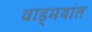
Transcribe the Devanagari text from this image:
वाड्मयांत